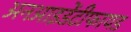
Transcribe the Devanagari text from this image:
अनआइडेंटीफायड